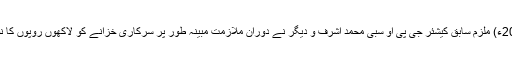
27 جون2018ء) ملزم سابق کیشئر جی پی او سبی محمد اشرف و دیگر نے دوران ملازمت مبینہ طور پر سرکاری خزانے کو لاکھوں روپوں کا نقصان پہنچایا۔